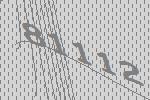
81112